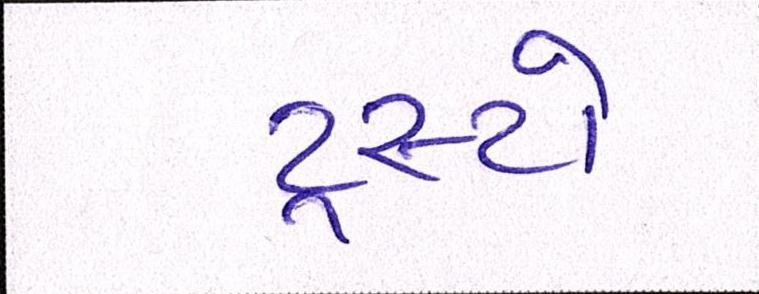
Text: ટ્રસ્ટો